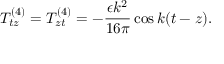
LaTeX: T _ { t z } ^ { ( 4 ) } = T _ { z t } ^ { ( 4 ) } = - \frac { \epsilon k ^ { 2 } } { 1 6 \pi } \cos k ( t - z ) .